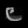
Digit: ၉